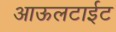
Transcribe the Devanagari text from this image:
आऊलटाईट